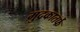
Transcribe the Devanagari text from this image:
मुद्रकातर्फे